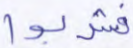
فشربوا